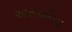
અરાચનિડા